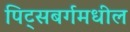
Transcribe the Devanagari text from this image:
पिट्सबर्गमधील